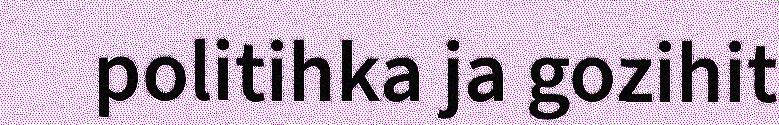
politihka ja gozihit